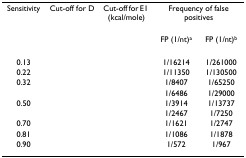
<table><thead><tr><td><b>Sensitivity</b></td><td><b>Cut-off for D</b></td><td><b>Cut-off for E1 (kcal/mole)</b></td><td colspan="2"><b>Frequency of false positives</b></td></tr><tr><td>[EMPTY_CELL]</td><td>[EMPTY_CELL]</td><td>[EMPTY_CELL]</td><td><b>FP (1/nt)<sup>a</sup></b></td><td><b>FP (1/nt)<sup>b</sup></b></td></tr></thead><tbody><tr><td>0.13</td><td>[EMPTY_CELL]</td><td>[EMPTY_CELL]</td><td>1/16214</td><td>1/261000</td></tr><tr><td>0.22</td><td>[EMPTY_CELL]</td><td>[EMPTY_CELL]</td><td>1/11350</td><td>1/130500</td></tr><tr><td>0.32</td><td>[EMPTY_CELL]</td><td>[EMPTY_CELL]</td><td>1/8407</td><td>1/65250</td></tr><tr><td>[EMPTY_CELL]</td><td>[EMPTY_CELL]</td><td>[EMPTY_CELL]</td><td>1/6486</td><td>1/29000</td></tr><tr><td>0.50</td><td>[EMPTY_CELL]</td><td>[EMPTY_CELL]</td><td>1/3914</td><td>1/13737</td></tr><tr><td>[EMPTY_CELL]</td><td>[EMPTY_CELL]</td><td>[EMPTY_CELL]</td><td>1/2467</td><td>1/7250</td></tr><tr><td>0.70</td><td>[EMPTY_CELL]</td><td>[EMPTY_CELL]</td><td>1/1621</td><td>1/2747</td></tr><tr><td>0.81</td><td>[EMPTY_CELL]</td><td>[EMPTY_CELL]</td><td>1/1086</td><td>1/1878</td></tr><tr><td>0.90</td><td>[EMPTY_CELL]</td><td>[EMPTY_CELL]</td><td>1/572</td><td>1/967</td></tr></tbody></table>